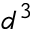
d ^ { 3 }